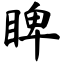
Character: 睥